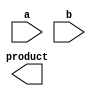
module wallace_tree_multiplier #(parameter N = 4) (
    input [N-1:0] a,
    input [N-1:0] b,
    output [2*N-1:0] product
);
    // Generate partial products
    wire [N-1:0] pp [N-1:0]; // Partial products
    genvar i, j;
    generate
        for (i = 0; i < N; i = i + 1) begin : gen_partial_products
            assign pp[i] = a & {N{b[i]}};
        end
    endgenerate

    // Reduction tree
    wire [N*2-1:0] sum [N:0]; // Holds sums from each stage
    wire [N:0] carry; // Holds carries from each stage

    // Initial stage: direct partial products concatenated
    assign sum[0] = {pp[0], 1'b0}; // Make sure enough bits are available
    generate
        for (i = 1; i < N; i = i + 1) begin : sum_carry_chain
            assign sum[0][(i+1)*N-1 -: N] = pp[i];
        end
    endgenerate
    
    // Wallace tree reduction (2 stages for 4-bit multiplication)
    generate
        for (i = 0; i < N-1; i = i + 1) begin : reduction_stage_1
            assign {carry[i], sum[1][(i+1)*N-1 -: N]} = sum[0][(i*2)*N -: N] + sum[0][(i*2 + 1)*N -: N]; 
        end
    endgenerate

    // Further reduction (if necessary) can be added similarly
    generate
        for (i = 0; i < N/2; i = i + 1) begin : reduction_stage_2
            assign {carry[i + N/2], sum[2][(i+1)*N-1 -: N]} = sum[1][(i*2)*N -: N] + sum[1][(i*2 + 1)*N -: N]; 
        end
    endgenerate

    // Final addition between last two sums
    assign {carry[N/2], product} = sum[1][(N-1)*N -: N] + sum[1][(N-2)*N -: N];

endmodule